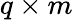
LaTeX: q\times m